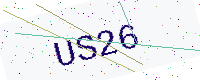
Text: US26